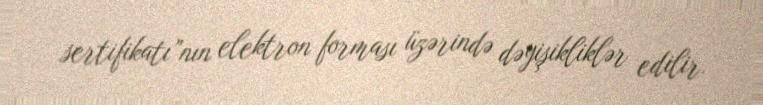
sertifikatı”nın elektron forması üzərində dəyişikliklər edilir.